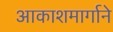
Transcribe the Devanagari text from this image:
आकाशमार्गाने